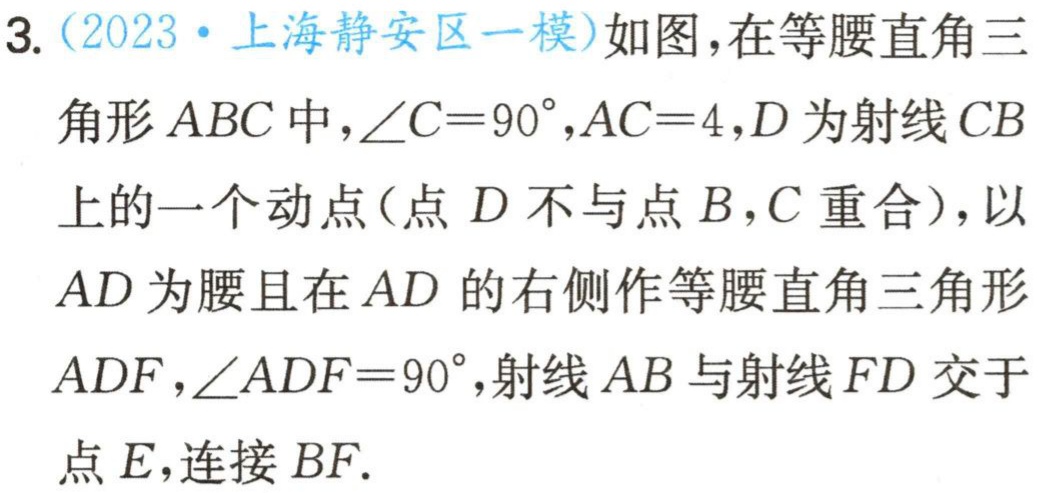
3. (2023·上海静安区一模)如图，在等腰直角三角形 \(ABC\) 中，\(\angle C = 90^{\circ}\)，\(AC = 4\)，\(D\) 为射线 \(CB\) 上的一个动点(点 \(D\) 不与点 \(B\)，\(C\) 重合)，以 \(AD\) 为腰且在 \(AD\) 的右侧作等腰直角三角形 \(ADF\)，\(\angle ADF = 90^{\circ}\)，射线 \(AB\) 与射线 \(FD\) 交于点 \(E\)，连接 \(BF\).